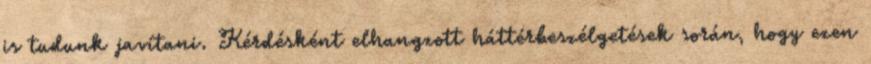
is tudunk javítani. Kérdésként elhangzott háttérbeszélgetések során, hogy ezen